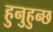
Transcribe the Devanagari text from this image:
हुनुहुन्छ